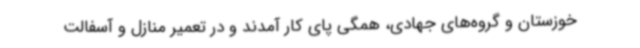
خوزستان و گروه‌های جهادی، همگی پای کار آمدند و در تعمیر منازل و آسفالت